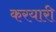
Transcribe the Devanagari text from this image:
करयारी